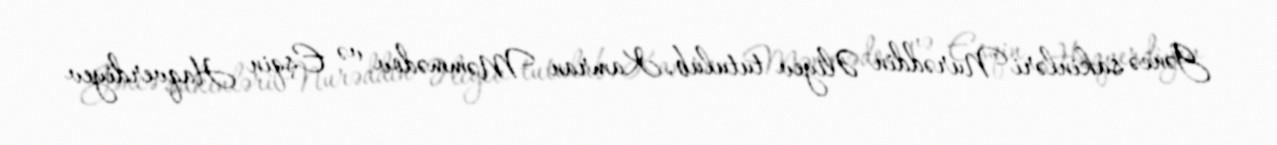
Gəncə sakinləri Nurəddin Əliyev tutulub, Kamran Məmmədov və Eşqin Haqverdiyev